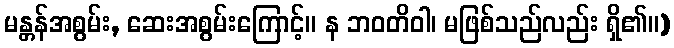
မန္တန်အစွမ်း, ဆေးအစွမ်းကြောင့်။ န ဘဝတိဝါ၊ မဖြစ်သည်လည်း ရှိ၏။)